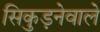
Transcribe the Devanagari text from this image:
सिकुड़नेवाले